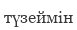
түзеймін